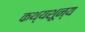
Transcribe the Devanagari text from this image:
कथ्यशून्य